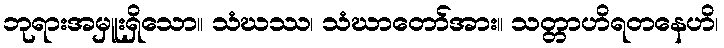
ဘုရားအမှူးရှိသော။ သံဃဿ၊ သံဃာတော်အား။ သတ္တာဟိရတနေဟိ၊